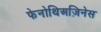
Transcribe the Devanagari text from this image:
फेनोथिअज़िनेस